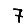
Digit: 7